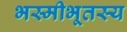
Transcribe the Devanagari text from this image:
भस्मीभूतस्य